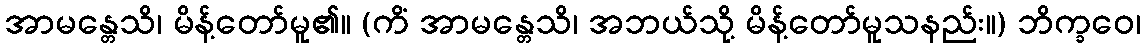
အာမန္တေသိ၊ မိန့်တော်မူ၏။ (ကိံ အာမန္တေသိ၊ အဘယ်သို့ မိန့်တော်မူသနည်း။) ဘိက္ခဝေ၊